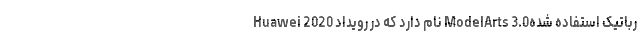
رباتیک استفاده شدهModelArts 3.0 نام دارد که در رویداد Huawei 2020